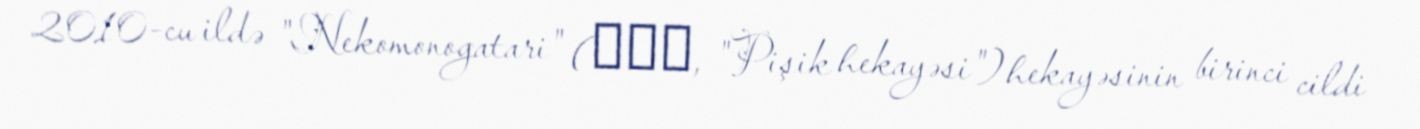
2010-cu ildə "Nekomonogatari" (猫物語, "Pişik hekayəsi") hekayəsinin birinci cildi